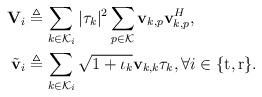
LaTeX: \begin{align*} \begin{aligned} \mathbf{V}_i &\triangleq \sum_{k \in \mathcal{K}_i}|\tau_{k}|^2 \sum_{p\in\mathcal{K}} \mathbf{v}_{k,p}\mathbf{v}_{k,p}^H, \\ \tilde{\mathbf{v}}_i &\triangleq \sum_{k \in \mathcal{K}_i} \sqrt{1 + \iota_{k}}\mathbf{v}_{k,k}\tau_{k}, \forall i \in \{\mathrm{t,r}\}. \end{aligned}\end{align*}